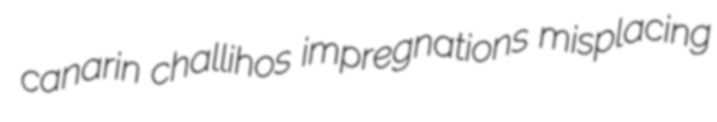
canarin challihos impregnations misplacing